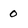
Character: O